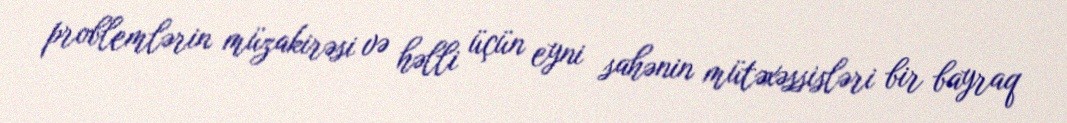
problemlərin müzakirəsi və həlli üçün eyni sahənin mütəxəssisləri bir bayraq